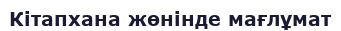
Кітапхана жөнінде мағлұмат